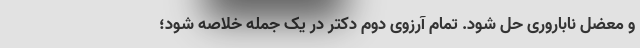
و معضل ناباروری حل شود. تمام آرزوی دوم دکتر در یک جمله خلاصه شود؛